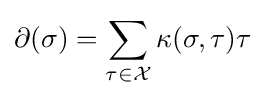
\partial (\sigma )=\sum _{\tau \in {\mathcal {X}}}\kappa (\sigma ,\tau )\tau